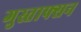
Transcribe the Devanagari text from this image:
गुस्ताफ्सन